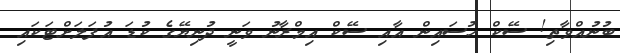
ބުނުއްވާތި! ސޭކް ހުސައިން އާއި ސޭކް އިމްރާނު ވަނީ ދުނިޔޭގެ ކުޑަ އުފަލަށްޓަކައި